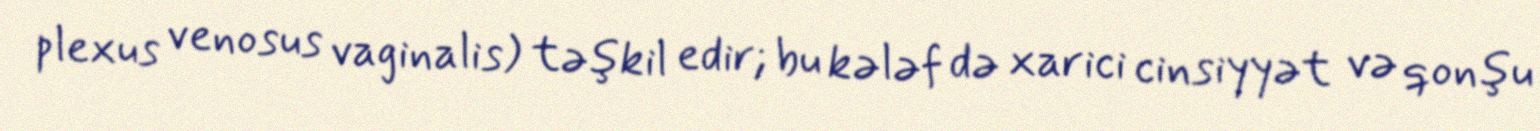
plexus venosus vaginalis) təşkil edir; bu kələf də xarici cinsiyyət və qonşu